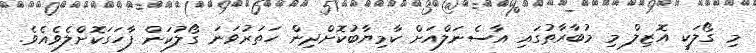
މި ގޯލަކީ އޮޒިލް މި މުބާރާތުގައި އާސެނަލްއަށް ކާމިޔާބުކޮށްދިން ހަތަރުވަނަ ގޯލުކަން ފާހަގަކޮށްލެވެއެވެ.